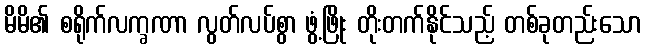
မိမိ၏ စရိုက်လက္ခဏာ လွတ်လပ်စွာ ဖွံ့ဖြိုး တိုးတက်နိုင်သည့် တစ်ခုတည်းသော